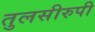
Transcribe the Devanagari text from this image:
तुलसीरुपी